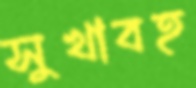
সুখাবহ